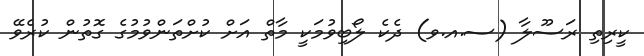
ކީރިތި ރަސޫލާ (ސ.އ.ވ) ދެކެ ލޯބިވުމަކީ މާތް އަށް ކުށްތަންވުމުގެ ގޮތުން ކުރެވޭ